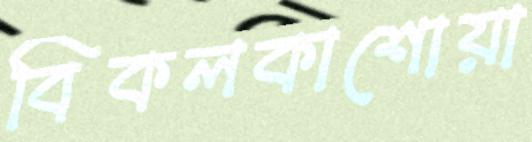
বিকলকাশোয়া